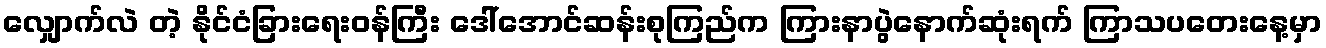
လျှောက်လဲ တဲ့ နိုင်ငံခြားရေးဝန်ကြီး ဒေါ်အောင်ဆန်းစုကြည်က ကြားနာပွဲနောက်ဆုံးရက် ကြာသပတေးနေ့မှာ